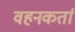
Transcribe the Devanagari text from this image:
वहनकर्ता